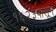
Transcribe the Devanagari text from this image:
१६२३पासून